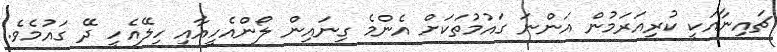
ޗައިނާއަކީ ކުރިއަރަމުން އަންނަ ގައުމުތަކަށް އެންމެ ގިނައިން ލޯންއެހީއާއި ހިލޭއެހީ ދޭ ގައުމެވެ.